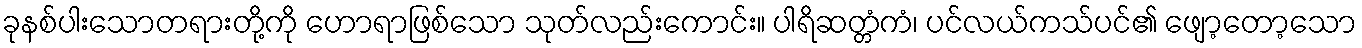
ခုနစ်ပါးသောတရားတို့ကို ဟောရာဖြစ်သော သုတ်လည်းကောင်း။ ပါရိဆတ္တံကံ၊ ပင်လယ်ကသ်ပင်၏ ဖျော့တော့သော